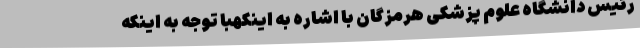
رئیس دانشگاه علوم پزشکی هرمزگان با اشاره به اینکهبا توجه به اینکه